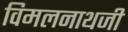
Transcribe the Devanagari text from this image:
विमलनाथजी